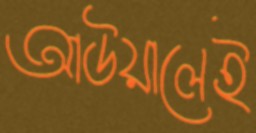
আউয়ালেই